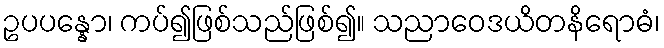
ဥပပန္နော၊ ကပ်၍ဖြစ်သည်ဖြစ်၍။ သညာဝေဒယိတနိရောဓံ၊